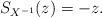
LaTeX: \begin{align*} S_{X^{-1}}(z)=-z.\end{align*}